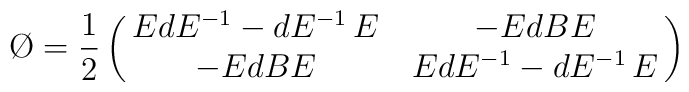
\O=\frac{1}{2}\begin{pmatrix}{EdE^{-1}-dE^{-1}\,E&-EdBE\cr-EdBE&EdE^{-1}-dE^{-1}\,E\cr}\end{pmatrix}